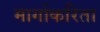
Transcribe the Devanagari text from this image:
मार्गाकरिता